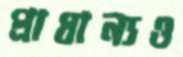
প্রাধান্যও